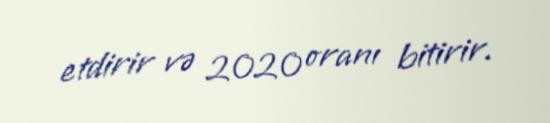
etdirir və 2020 oranı bitirir.